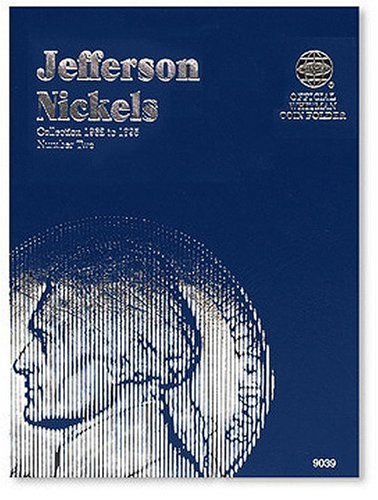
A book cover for Jefferson Nickels Folder 1962-1995 (Official Whitman Coin Folder); Whitman; Crafts, Hobbies & Home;